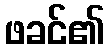
ဖခင်၏